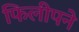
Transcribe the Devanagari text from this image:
फिलीपने